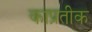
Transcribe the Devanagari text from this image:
काप्रतीक